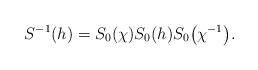
LaTeX: \begin{gather*}S^{-1}(h)=S_0(\chi)S_0(h)S_0\big(\chi^{-1}\big).\end{gather*}